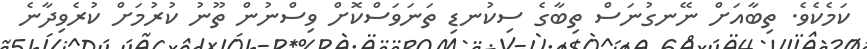
ކަމެކެވެ. ތިބާއަށް ނޭނގުނަސް ތިބާގެ ސިކުނޑި ތަނަވަސްކޮށް ވިސްނުން ތޫނު ކުރުމަށް ކުރެވިދާނެ